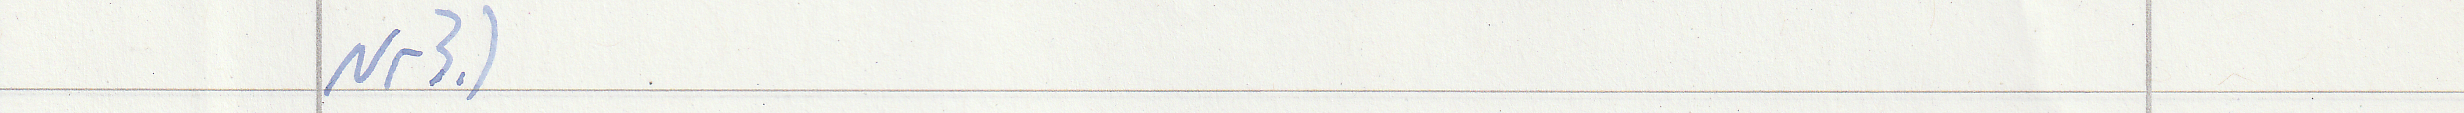
Nr3.)